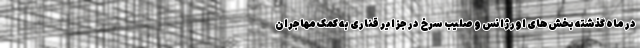
در ماه‌ گذشته بخش‌های اورژانس و صلیب سرخ در جزایر قناری به کمک مهاجران